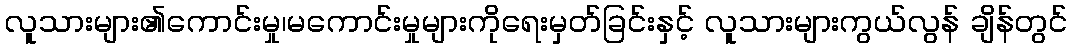
လူသားများ၏ကောင်းမှု၊မကောင်းမှုများကိုရေးမှတ်ခြင်းနှင့် လူသားများကွယ်လွန် ချိန်တွင်